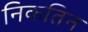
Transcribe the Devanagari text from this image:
निकतिन